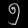
Digit: ၅